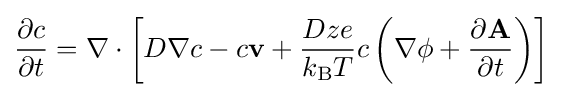
{\partial c \over {\partial t}}=\nabla \cdot \left[D\nabla c-c{\bf {v}}+{Dze \over {k_{\text{B}}T}}c\left(\nabla \phi +{\partial {\bf {A}} \over {\partial t}}\right)\right]